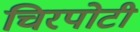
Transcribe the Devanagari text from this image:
चिरपोटी